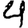
Digit: 4